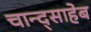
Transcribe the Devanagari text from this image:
चान्द्साहेब